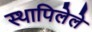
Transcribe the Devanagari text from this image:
स्थापिलेले